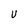
Character: U